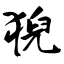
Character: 猊